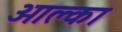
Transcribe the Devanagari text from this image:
ओक्ला